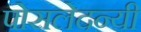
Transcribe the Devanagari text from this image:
पोसलेदन्यी